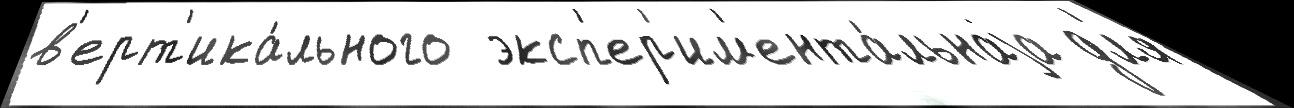
в'ерт'ика́льного  эксп'ер'им'ента́льнаjа дл'я